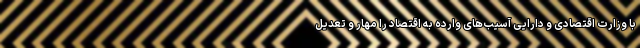
با وزارت اقتصادی و دارایی آسیب‌های وارده به اقتصاد را مهار و تعدیل